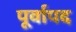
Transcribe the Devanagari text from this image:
पूर्वापद